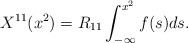
\begin{align*}X^{11}(x^2)=R_{11}\int^{x^2}_{-\infty}f(s)ds .\end{align*}